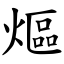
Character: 熰